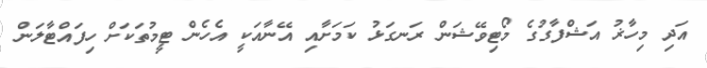
އަދި މިހާޜު އަޝްފާގުގެ މޯޓިވޭޝަން ރަނގަޅު ކަމަށާއި އޭނާއަކީ އެހެން ޓީމުތަކަށް ހިފައްޓާލަން